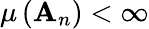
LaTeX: \mu\left(\mathbf{A}_{n}\right)<\infty